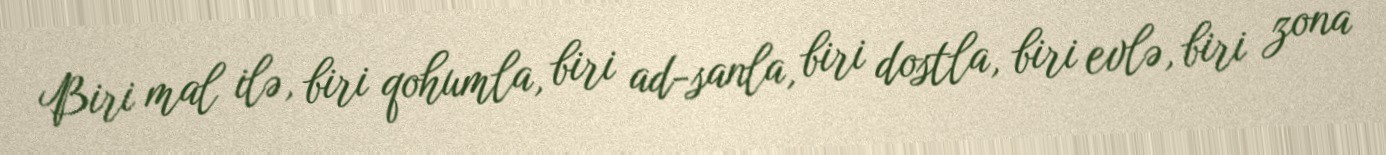
Biri mal ilə, biri qohumla, biri ad-sanla, biri dostla, biri evlə, biri zona